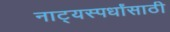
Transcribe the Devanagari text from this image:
नाट्यस्पर्धांसाठी